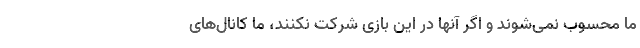
ما محسوب نمی‌شوند و اگر آنها در این بازی شرکت نکنند، ما کانال‌های